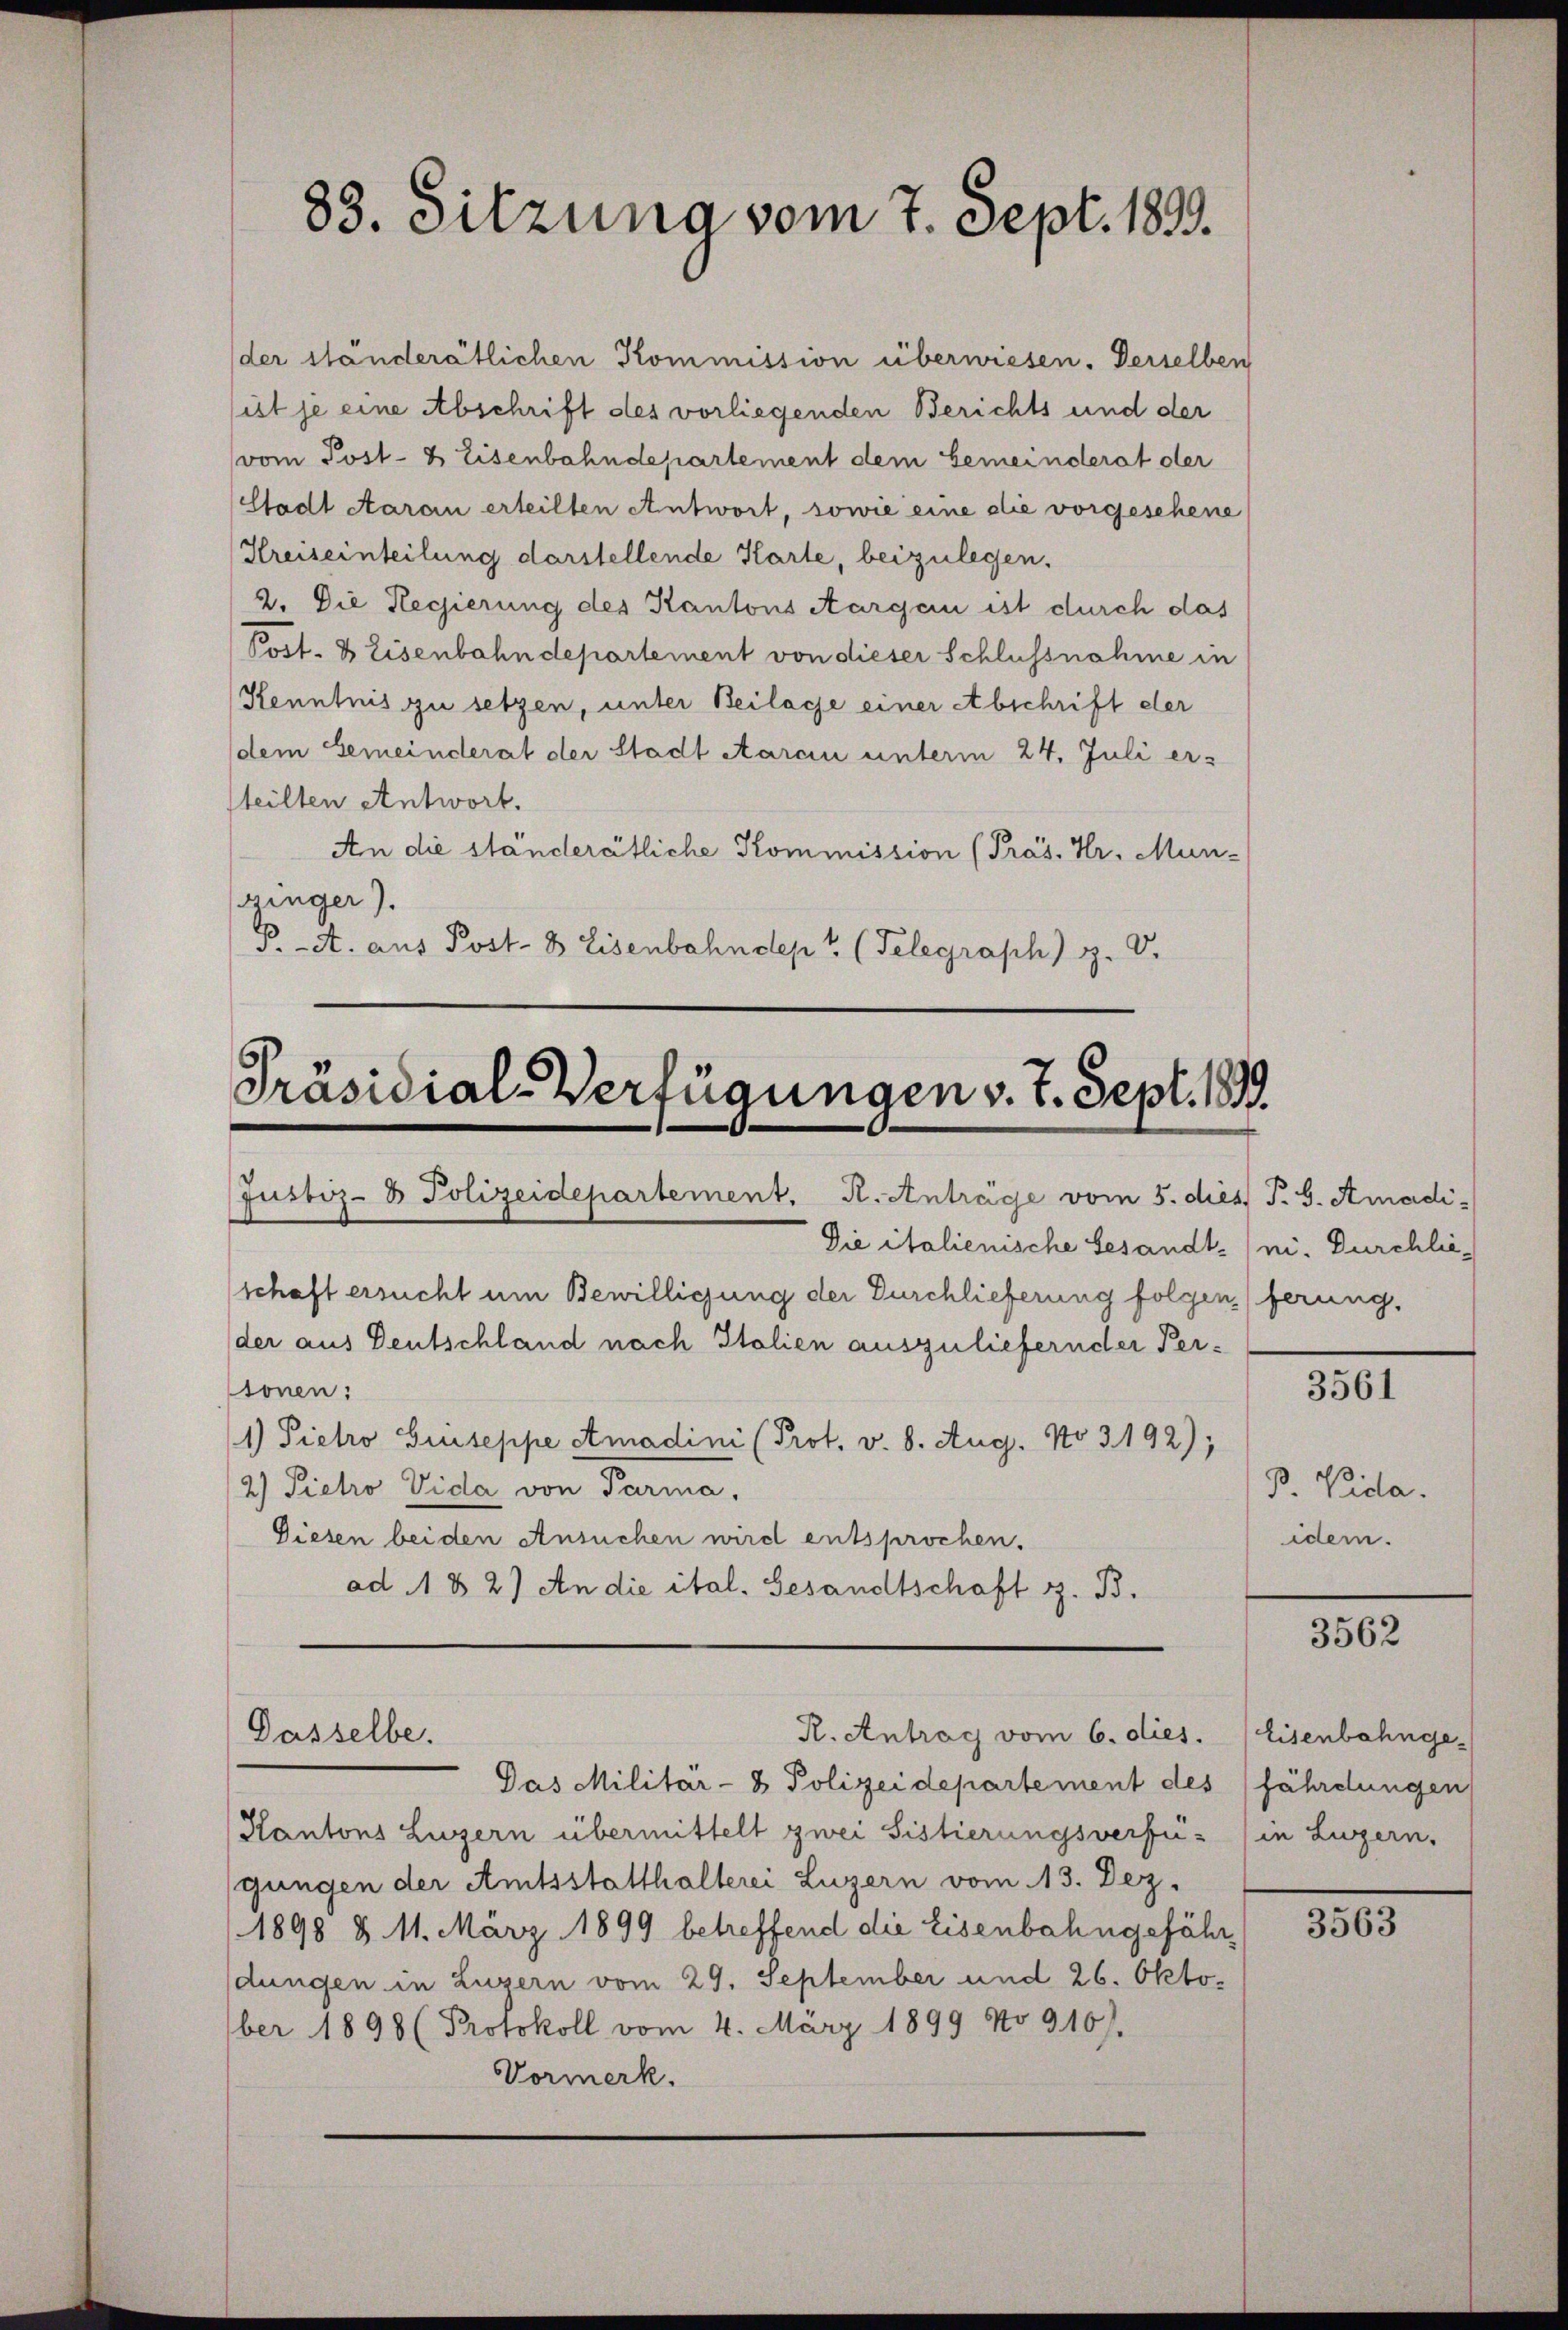
83. Sitzung vom 7. Sept. 1899.

der ständerätlichen Kommission überwiesen. Derselben
sist je eine Abschrift des vorliegenden Berichts und der
vom Post- & Eisenbahndepartement dem Gemeinderat der
Stadt Aarain erteilten Antwort, sowie eine die vorgesehene
Kreiseinteilung darstellende Karte, beizulegen.
2. Die Regierung des Kantons Aargau ist durch das
Post- & Eisenbahndepartement von dieser Schlussnahme in
Kenntnis zu setzen, unter Beilage einer Abschrift der
dem Gemeinderat der Stadt Aarau unterm 24. Juli er-
steilten Antwort.
An die ständerätliche Kommission (Präs. Hr. Muni-
ginger)
P A. aus Post- & Eisenbahndep? (Telegraph) z. V.

Präsidial-Verfügungen v. 7. Sept. 1899
Justiz- & Polizeidepartement. R. Anträge vom 5. dies P. G. Amadi-
Die italienische Gesandt-/ ni. Durchlieschaft ersucht um Bewilligung der Durchlieferung folgen ferung,
der aus Deutschland nach Italien auszuliefernder Per-
tonen:

1) Pietro Giuseppe Amadini (Prot. v. 8. Aug. No 3192).
1
2) Pietro Vida von Parma,
Diesen bei den Ansuchen wird entsprochen.
ad A B 2) An die ital. Gesandtschaft z. B.

R. Antrag vom 6. dies.
Dasselbe.

Das Militär- & Polizeidepartement des fährdungen
Kantons Luzern übermittelt zwei Sistierungsverfü- (in Luzern,
gungen der Amtsstatthalterei Luzern vom 13. Dez.
1898 § 11. März 1899 betreffend die Eisenbahngefährdungen in Luzern vom 29. September und 26. Oktober 1898 (Protokoll vom 4. März 1899 No 910).
Vormerk.

3561

B. Vida.
idem.

3562

Eisenbahnge¬

3563